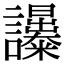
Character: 𧮔